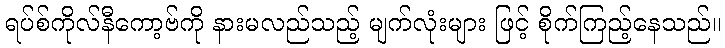
ရပ်စ်ကိုလ်နီကော့ဗ်ကို နားမလည်သည့် မျက်လုံးများ ဖြင့် စိုက်ကြည့်နေသည်။